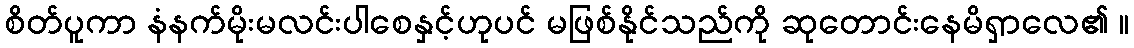
စိတ်ပူကာ နံနက်မိုးမလင်းပါစေနှင့်ဟုပင် မဖြစ်နိုင်သည်ကို ဆုတောင်းနေမိရှာလေ၏ ။